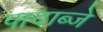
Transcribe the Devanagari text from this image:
पादाब्जे